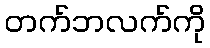
တက်ဘလက်ကို